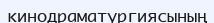
кинодраматургиясының